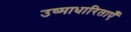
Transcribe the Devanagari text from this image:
उष्माधारिताएँ